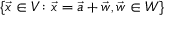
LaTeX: \{ { \vec { x } } \in V \colon { \vec { x } } = { \vec { a } } + { \vec { w } } , { \vec { w } } \in W \}